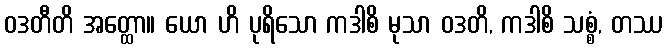
ဝဒတီတိ အတ္ထော။ ယော ဟိ ပုရိသော ကဒါစိ မုသာ ဝဒတိ, ကဒါစိ သစ္စံ, တဿ